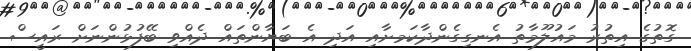
ގޮތުގެ އިތުރު މައުލޫމާތު އެނގިގެންދާކަމށާއި އަދި އެ ބަޔާންތައް ދެއްވި ބޭފުޅުންނަށް ރައީސް